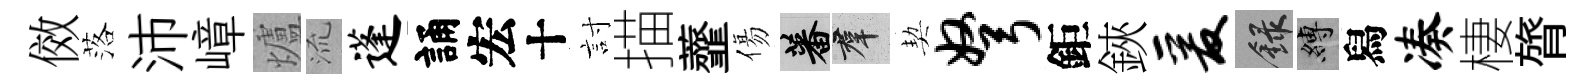
傚落沛嶂爐𣴑蓬誦宏十討描虀傷蕃群契弩鉅鋏爰録縛舄凑棲膂